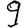
Digit: 9